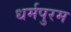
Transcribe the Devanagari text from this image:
धर्मपुरम